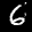
Label: 6